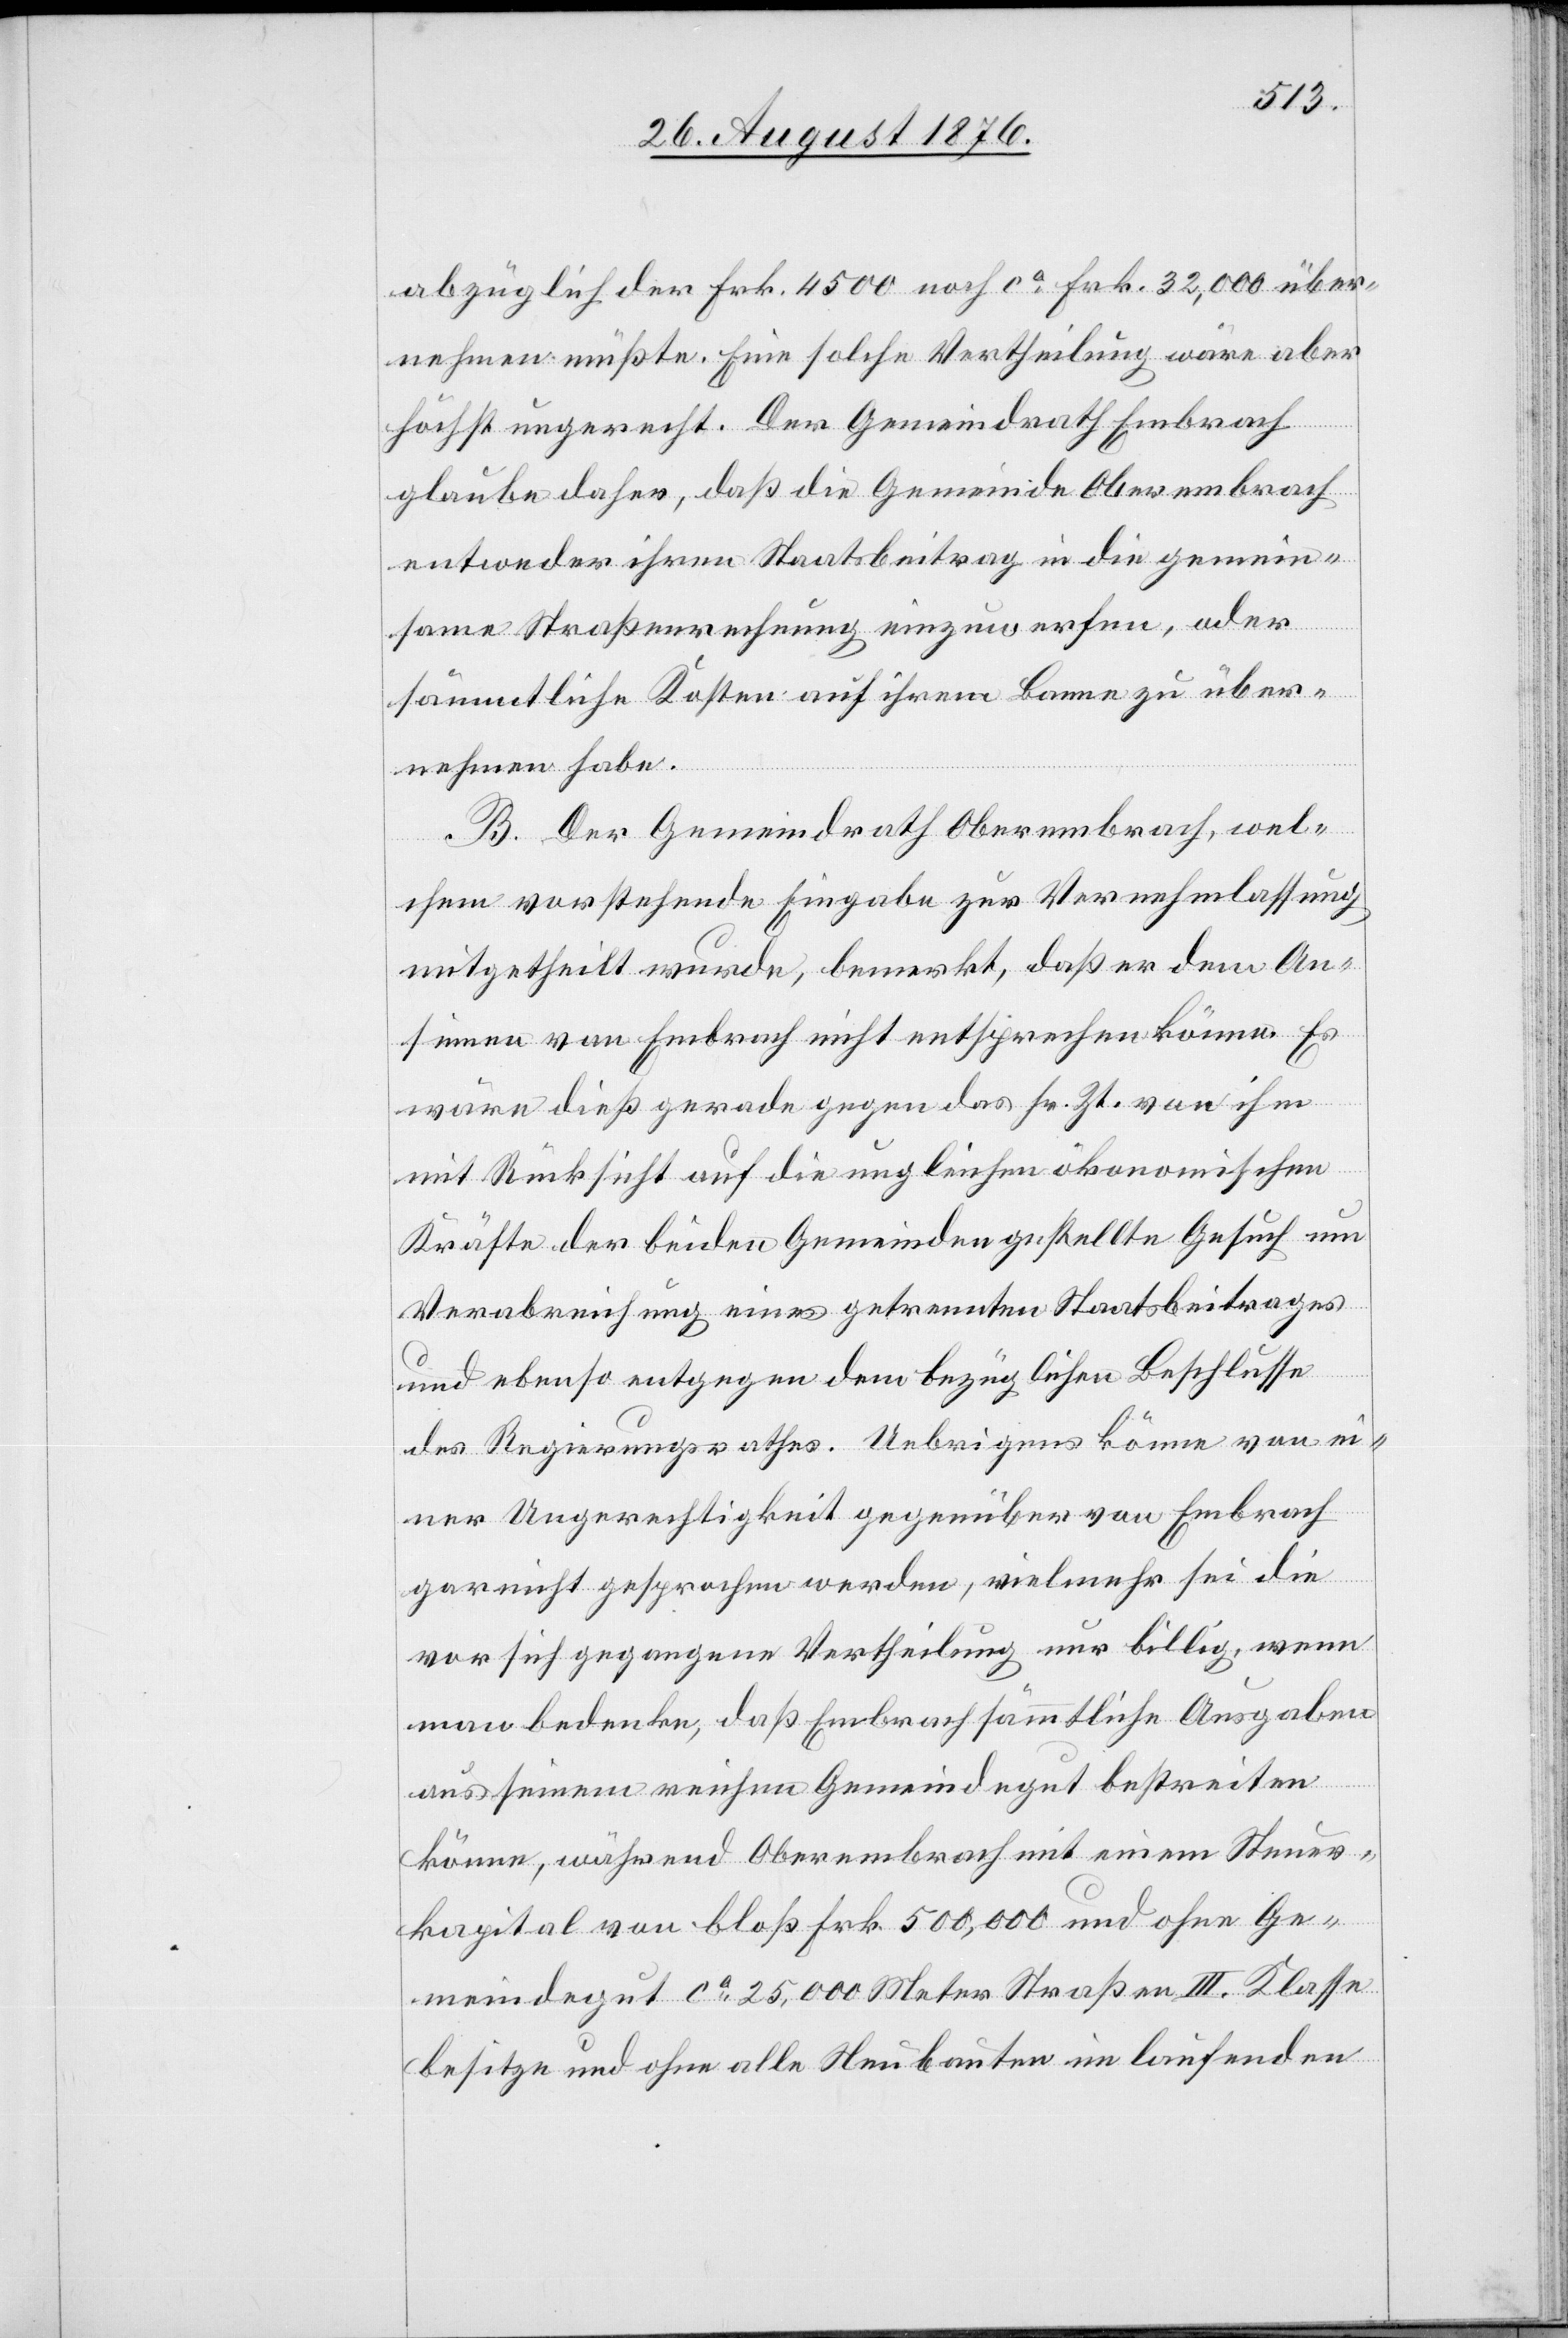
abzüglich der Frk. 4500 noch ca Frk. 32,000 über¬
nehmen müßte. Eine solche Vertheilung wäre aber
höchste ungerecht. Der Gemeindrath Embrach
glaube daher , daß die Gemeinde Oberembrach
entweder ihren Staatsbeitrag in die gemein¬
same Straßenrechnung einzuwerfen, oder
sämmtliche Kosten auf ihrem Banne zu über¬
nehmen habe.
B. Der Gemeindrath Oberembrach, wel¬
chem vorstehende Eingabe zur Vernehmlassung
mitgetheilt wurde, bemerkt, daß er dem An¬
sinnen von Embrach nicht entsprechen könne. Es
wäre dieß gerade gegen das sr. Zt. von ihm
mit Rücksicht auf die ungleichen ökonomischen
Kräfte der beiden Gemeinden gestellte Gesuch um
Verabreichung eines getrennten Staatsbeitrags
und ebenso entgegen dem bezüglichen Beschlusse
des Regierungsrathes. Uebrigens könne von ei¬
ner Ungerechtigkeit gegenüber von Embrach
gar nicht gesprochen werden, vielmehr sei die
vor sich gegangene Vertheilung nur billig, wenn
man bedenke, daß Embrach sämmtliche Ausgaben
aus seinem reichen Gemeindegut bestreiten
könne, während Oberembrach mit einem Steuer¬
kapital von bloß Frk. 500,000 und ohne Ge¬
meindegut ca 25,000 Meter Straßen II. Klasse
besitze und ohne alle Neubauten im laufenden